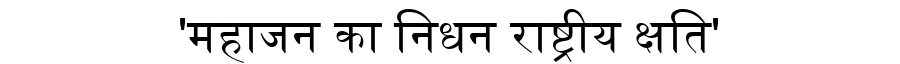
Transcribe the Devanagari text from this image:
'महाजन का निधन राष्ट्रीय क्षति'